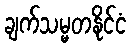
ချက်သမ္မတနိုင်ငံ